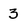
Character: 3